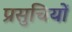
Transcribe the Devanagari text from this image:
प्रसुचियों